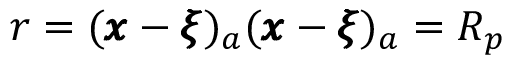
r = ( { \pmb x } - { \pmb \xi } ) _ { a } ( { \pmb x } - { \pmb \xi } ) _ { a } = R _ { p }